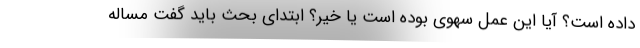
داده است؟ آیا این عمل سهوی بوده است یا خیر؟ ابتدای بحث باید گفت مساله